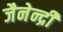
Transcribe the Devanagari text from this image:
जैनेन्द्री